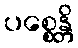
ပစ္စေန္တိ